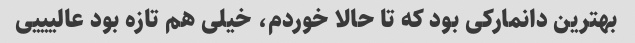
بهترین دانمارکی بود که تا حالا خوردم، خیلی هم تازه بود عالیییی